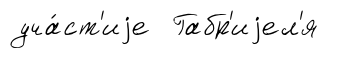
уча́ст'иjе Габр'иjел'я